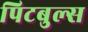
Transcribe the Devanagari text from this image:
पिटबुल्स